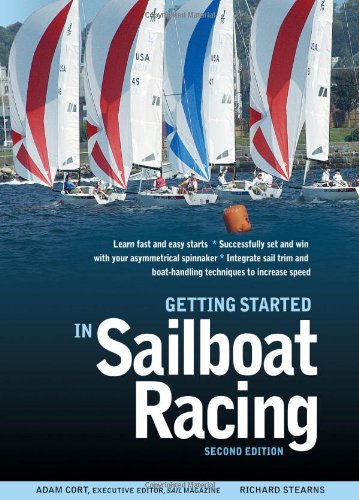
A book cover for Getting Started in Sailboat Racing, 2nd Edition; Adam Cort; Reference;